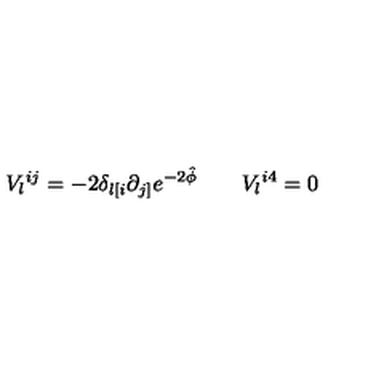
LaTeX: V _ { l } { } ^ { i j } = - 2 \delta _ { l [ i } \partial _ { j ] } e ^ { - 2 \hat { \phi } } \qquad V _ { l } { } ^ { i 4 } = 0